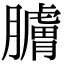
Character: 𦢚